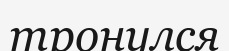
тронулся